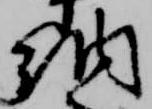
納